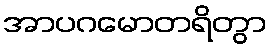
အာပဂမောတရိတွာ